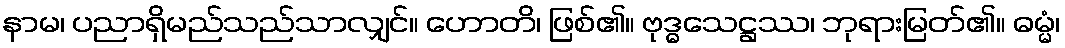
နာမ၊ ပညာရှိမည်သည်သာလျှင်။ ဟောတိ၊ ဖြစ်၏။ ဗုဒ္ဓသေဋ္ဌဿ၊ ဘုရားမြတ်၏။ ဓမ္မံ၊